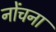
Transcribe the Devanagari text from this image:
नोंचना